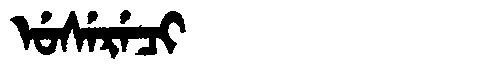
Manchu: ᡠᠰᡝᡵᡝᠴᡳ
Romanization: USERECI